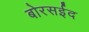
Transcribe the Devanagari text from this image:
बोरसईद